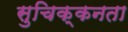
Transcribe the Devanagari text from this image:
सुचिक्कनता